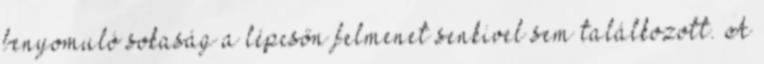
benyomuló sokaság a lépcsőn felmenet senkivel sem találkozott. A